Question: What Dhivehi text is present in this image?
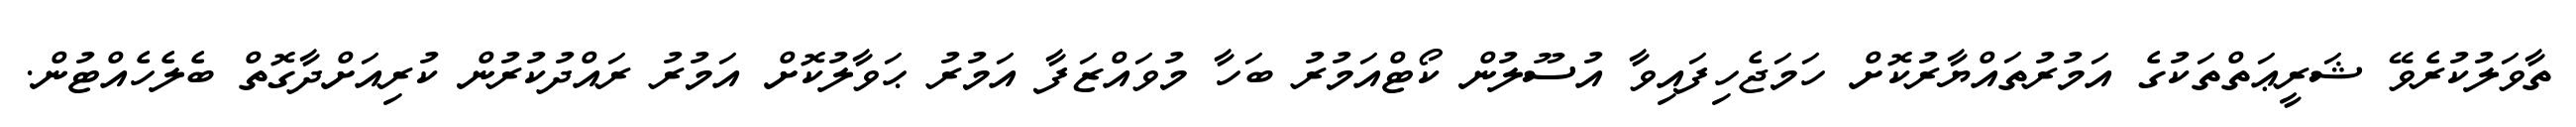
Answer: ތާވަލުކުރެވޭ ޝަރީޢަތްތަކުގެ އަމުރުތައްޔާރުކޮށް ހަމަޖެހިފައިވާ އުސޫލުން ކޯޓްއަމުރު ބަހާ މުވައްޒަފާ އަމުރު ޙަވާލުކޮށް އަމުރު ރައްދުކުރުން ކުރިއަށްދާގޮތް ބެލެހެއްޓުން.